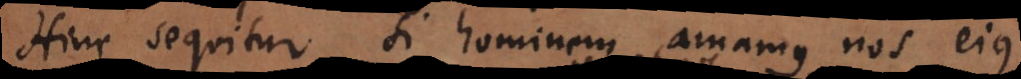
Hinc sequitur si hominem amamus, nos ejus